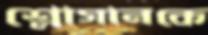
শ্লোগানকে